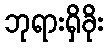
ဘုရားရှိခိုး